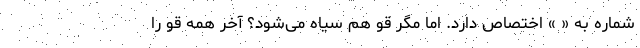
شماره به « » اختصاص دارد. اما مگر قو هم سیاه می‌شود؟ آخر همه قو را